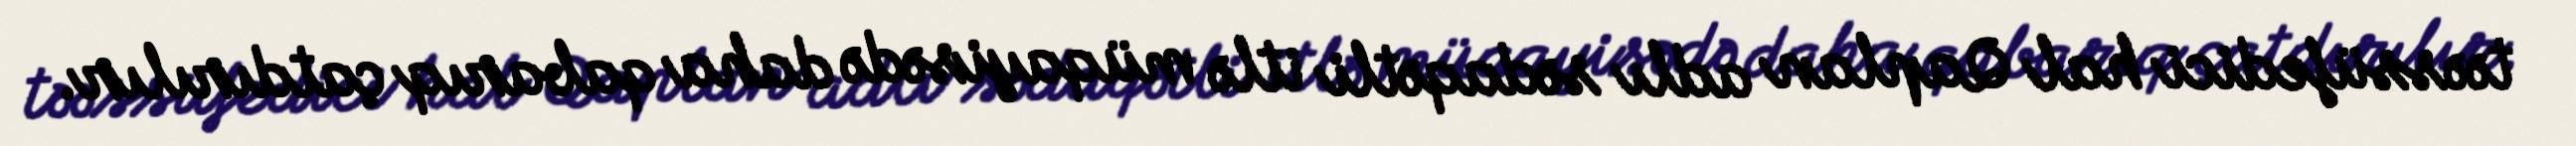
təəssüfedici hal Qaplan adlı sədaqətli itlə müqayisədə daha qabarıq çatdırılır.